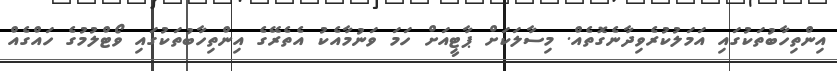
އިންތިހާބުތަކުގައި އަމަލުކުރެވިދާނެގޮތެއް. މިސާލަކަށް ޕާޓީއަށް ހަމަ ވަނުމާއެކު އެތެރޭގެ އިންތިހާބުތަކުގައި ވޯޓްލުމުގެ ހައްގެއް